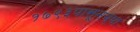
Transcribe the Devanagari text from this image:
१७९३पासूनच्या